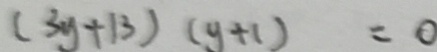
( 3 y + 1 3 ) ( y + 1 ) = 0